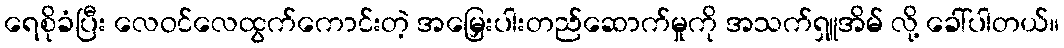
ရေစိုခံပြီး လေဝင်လေထွက်ကောင်းတဲ့ အမြှေးပါးတည်ဆောက်မှုကို အသက်ရှူအိမ် လို့ ခေါ်ပါတယ်။